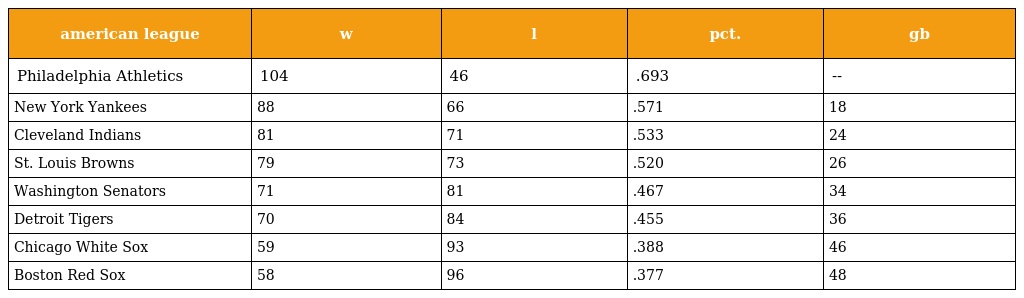
| american league | w | l | pct. | gb |
 | --- | --- | --- | --- | --- |
 | Philadelphia Athletics | 104 | 46 | .693 | -- |
 | New York Yankees | 88 | 66 | .571 | 18 |
 | Cleveland Indians | 81 | 71 | .533 | 24 |
 | St. Louis Browns | 79 | 73 | .520 | 26 |
 | Washington Senators | 71 | 81 | .467 | 34 |
 | Detroit Tigers | 70 | 84 | .455 | 36 |
 | Chicago White Sox | 59 | 93 | .388 | 46 |
 | Boston Red Sox | 58 | 96 | .377 | 48 |